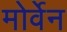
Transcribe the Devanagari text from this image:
मोर्वेन